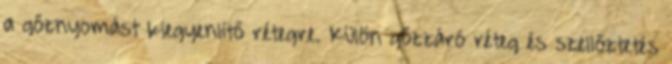
a gőznyomást kiegyenlítő rétegre. Külön gőzzáró réteg és szellőztetés